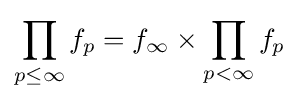
\prod _{p\leq \infty }f_{p}=f_{\infty }\times \prod _{p<\infty }f_{p}